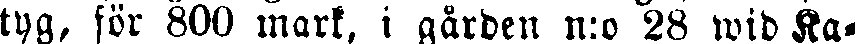
tyg, för 800 mark. i gården n:o 28 wid Ka-